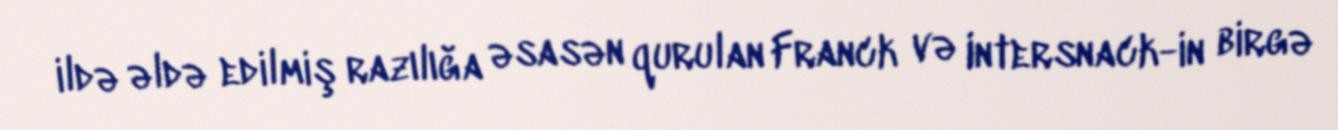
ildə əldə edilmiş razılığa əsasən qurulan Franck və Intersnack-in birgə